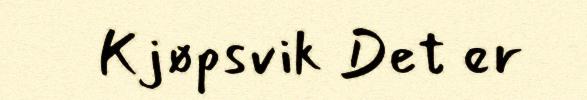
Kjøpsvik Det er